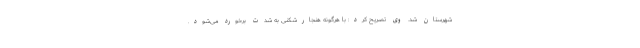
شهرستان شد. وی تصریح کرد: با هرگونه هنجارشکنی به شدت برخورد می‌شود.